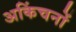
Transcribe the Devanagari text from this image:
अकिंचनों